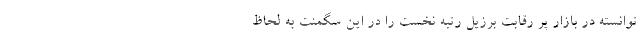
توانسته در بازار پر رقابت برزیل رتبه نخست را در این سگمنت به لحاظ